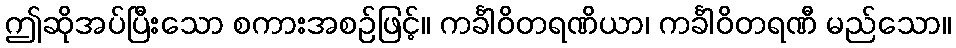
ဤဆိုအပ်ပြီးသော စကားအစဉ်ဖြင့်။ ကင်္ခါဝိတရဏိယာ၊ ကင်္ခါဝိတရဏီ မည်သော။